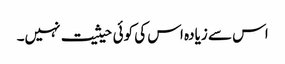
اس سے زیادہ اس کی کوئی حیثیت نہیں۔